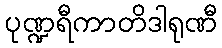
ပုဏ္ဍရီကာတိဒါရုဏီ